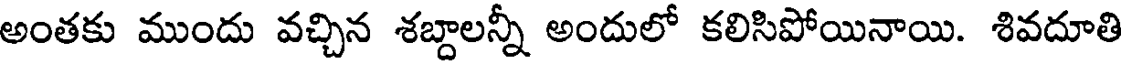
అంతకు ముందు వచ్చిన శబ్దాలన్నీ అందులో కలిసిపోయినాయి. శివదూతి